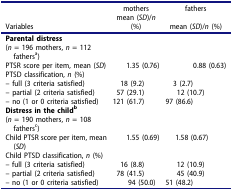
<table><thead><tr><td><b> </b></td><td><b>mothers</b></td><td><b>fathers</b></td></tr><tr><td><b>Variables</b></td><td><b>mean (<i>SD</i>)/<i>n</i> (%)</b></td><td><b>mean (<i>SD</i>)/<i>n</i> (%)</b></td></tr></thead><tbody><tr><td><b>Parental distress</b></td><td> </td><td> </td></tr><tr><td>(<i>n</i> = 196 mothers, <i>n</i> = 112 fathers<sup>a</sup>)</td><td> </td><td> </td></tr><tr><td>PTSR score per item, mean (<i>SD</i>)</td><td>1.35 (0.76)</td><td>0.88 (0.63)</td></tr><tr><td>PTSD classification, <i>n</i> (%)</td><td> </td><td> </td></tr><tr><td>– full (3 criteria satisfied)</td><td>18 (9.2)</td><td>3 (2.7)</td></tr><tr><td>– partial (2 criteria satisfied)</td><td>57 (29.1)</td><td>12 (10.7)</td></tr><tr><td>– no (1 or 0 criteria satisfied)</td><td>121 (61.7)</td><td>97 (86.6)</td></tr><tr><td><b>Distress in the child<sup>b</sup></b></td><td> </td><td> </td></tr><tr><td>(<i>n</i> = 190 mothers, <i>n</i> = 108 fathers<sup>c</sup>)</td><td> </td><td> </td></tr><tr><td>Child PTSR score per item, mean (<i>SD</i>)</td><td>1.55 (0.69)</td><td>1.58 (0.67)</td></tr><tr><td>Child PTSD classification, <i>n</i> (%)</td><td> </td><td> </td></tr><tr><td>– full (3 criteria satisfied)</td><td>16 (8.8)</td><td>12 (10.9)</td></tr><tr><td>– partial (2 criteria satisfied)</td><td>78 (41.5)</td><td>45 (40.9)</td></tr><tr><td>– no (1 or 0 criteria satisfied)</td><td>94 (50.0)</td><td>51 (48.2)</td></tr></tbody></table>